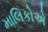
માલિકોએ